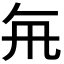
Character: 𭂯